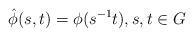
LaTeX: \begin{align*}\hat{\phi}(s,t)=\phi(s^{-1}t),s,t\in G\end{align*}